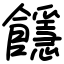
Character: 䭡